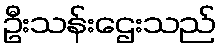
ဦးသန်းဌေးသည်